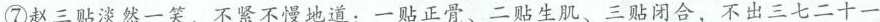
⑦赵三贴淡然一笑，不紧不慢地道：一贴正骨、二贴生肌、三贴闭合，不出三七二十一